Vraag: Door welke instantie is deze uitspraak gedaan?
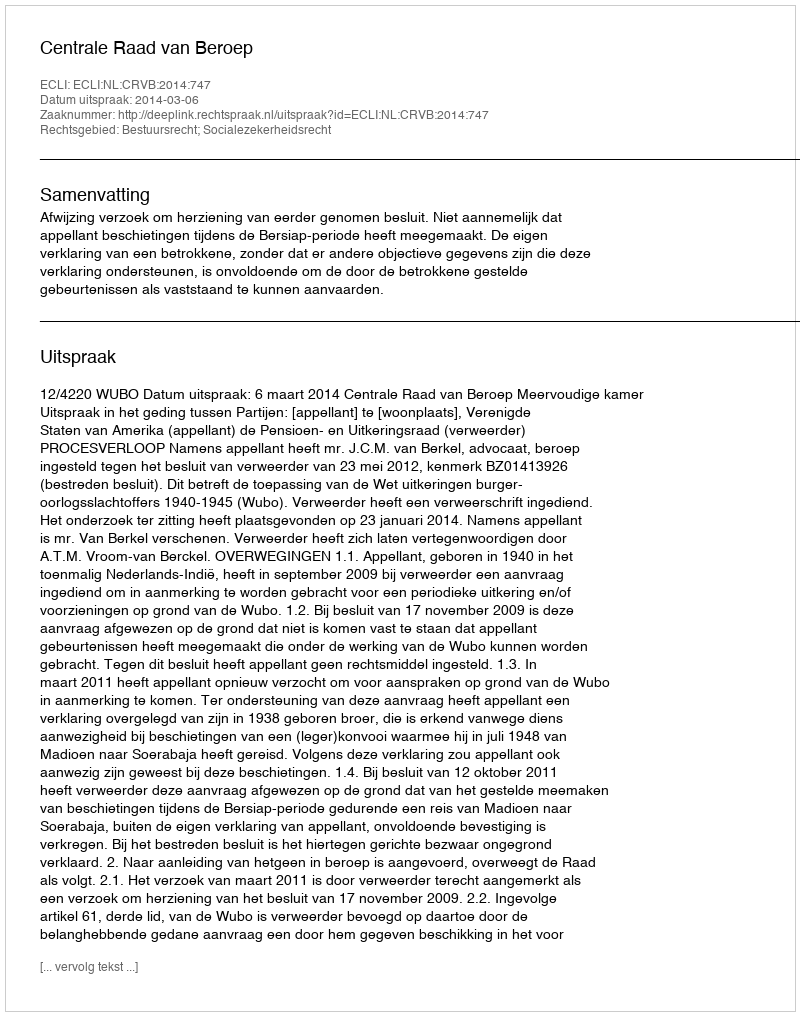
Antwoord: Centrale Raad van Beroep